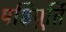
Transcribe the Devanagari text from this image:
षष्ठिपूर्ति